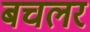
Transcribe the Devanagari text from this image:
बचलर